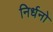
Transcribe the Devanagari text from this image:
निर्धनो